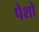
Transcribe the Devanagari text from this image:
पेशो